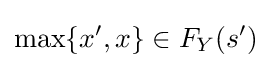
\max\{x',x\}\in F_{Y}(s')